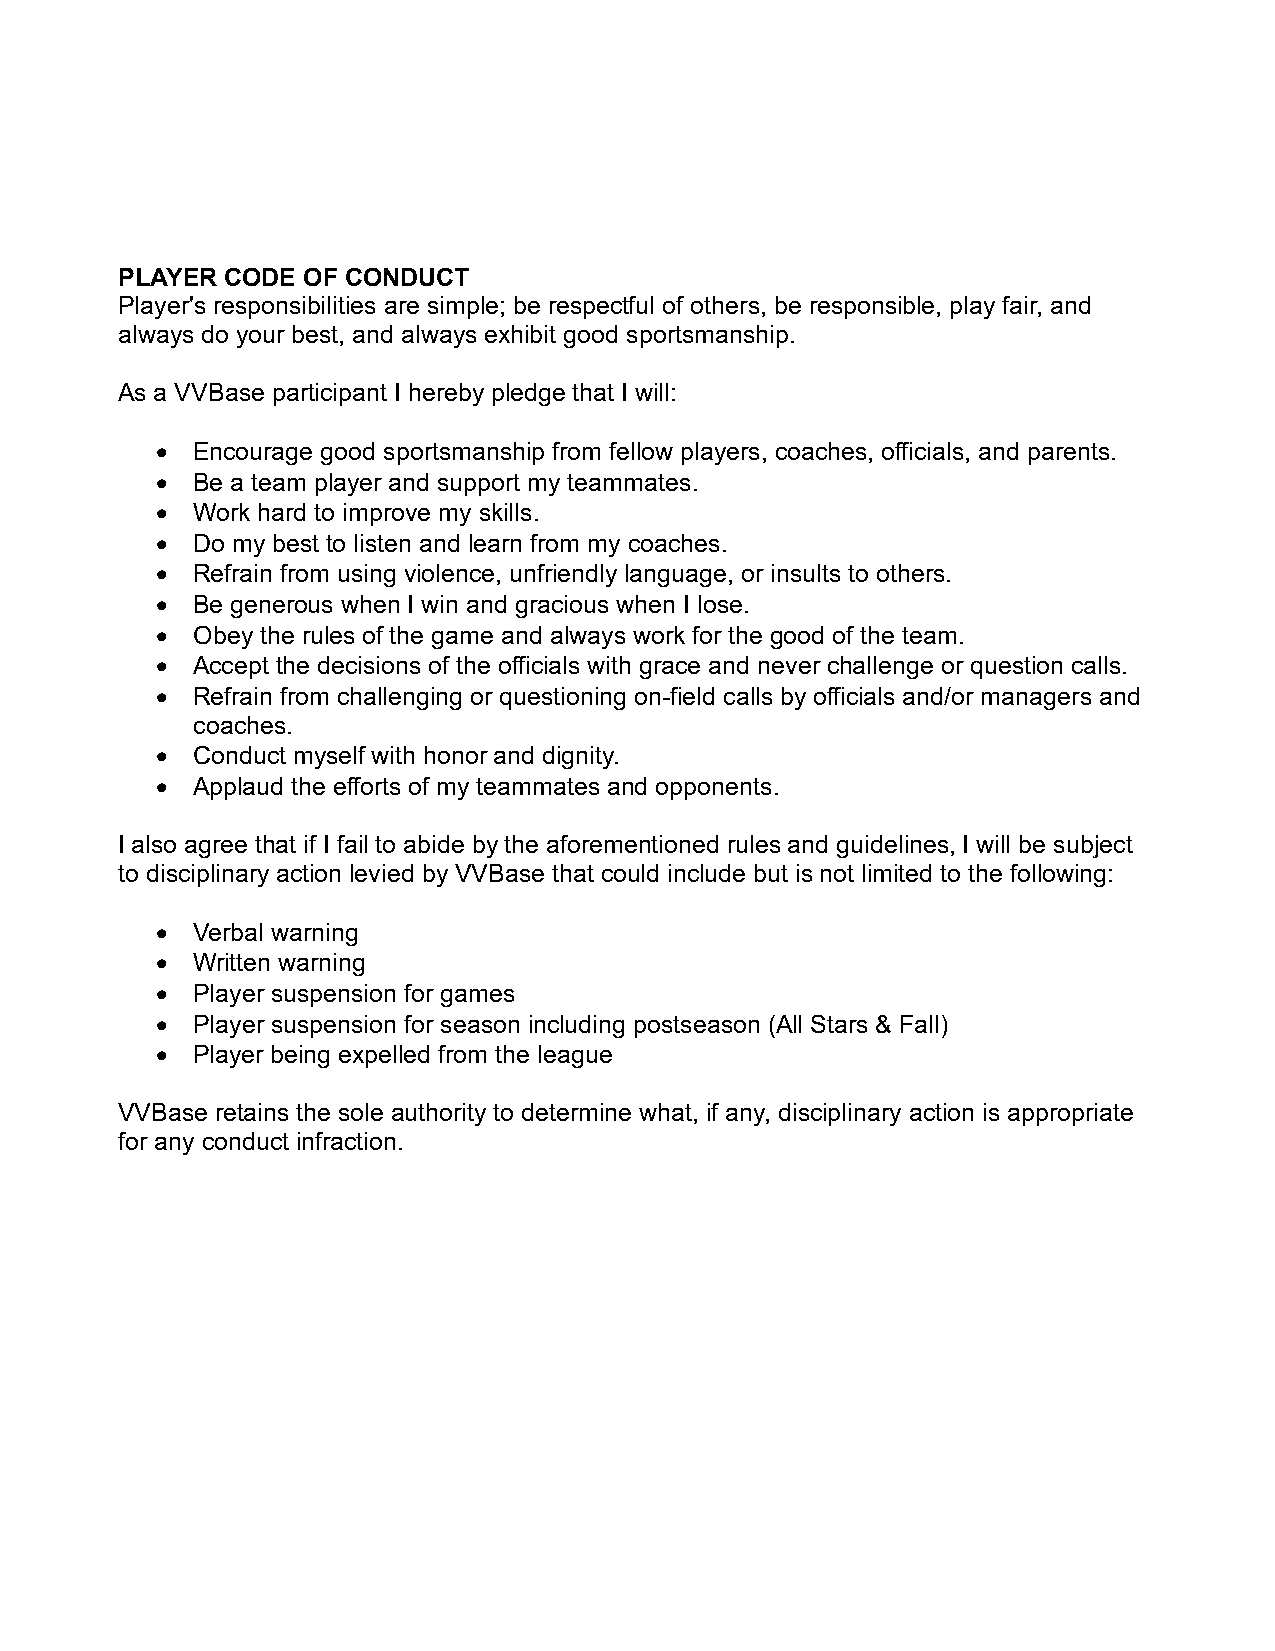
PLAYER CODE OF CONDUCT
 Player's responsibilities are simple; be respectful of others, be responsible, play fair, and
 always do your best, and always exhibit good sportsmanship.
 As a VVBase participant I hereby pledge that I will:
   Encourage good sportsmanship from fellow players, coaches, officials, and parents.
   Be a team player and support my teammates.
   Work hard to improve my skills.
   Do my best to listen and learn from my coaches.
   Refrain from using violence, unfriendly language, or insults to others.
   Be generous when I win and gracious when I lose.
   Obey the rules of the game and always work for the good of the team.
   Accept the decisions of the officials with grace and never challenge or question calls.
   Refrain from challenging or questioning on-field calls by officials and/or managers and
 coaches.
   Conduct myself with honor and dignity.
   Applaud the efforts of my teammates and opponents.
 I also agree that if I fail to abide by the aforementioned rules and guidelines, I will be subject
 to disciplinary action levied by VVBase that could include but is not limited to the following:
   Verbal warning
   Written warning
   Player suspension for games
   Player suspension for season including postseason (All Stars & Fall)
   Player being expelled from the league
 VVBase retains the sole authority to determine what, if any, disciplinary action is appropriate
 for any conduct infraction.